Source: Handwritten
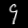
Digit: ၄ (4)